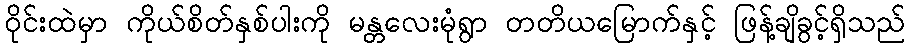
ဝိုင်းထဲမှာ ကိုယ်စိတ်နှစ်ပါးကို မန္တလေးမုံရွာ တတိယမြောက်နှင့် ဖြန့်ချိခွင့်ရှိသည်